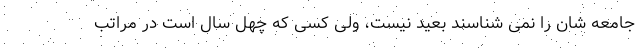
جامعه شان را نمی شناسند بعید نیست، ولی کسی که چهل سال است در مراتب